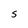
Character: S